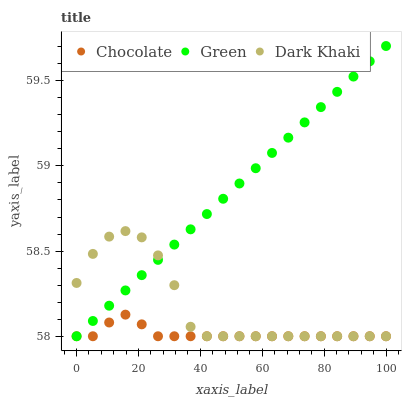
| xaxis_label | Chocolate | Green | Dark Khaki |
 | --- | --- | --- | --- |
 | 0 | 58 | 58 | 58.3 |
 | 5.26 | 58 | 58.1 | 58.5 |
 | 10.5 | 58.1 | 58.2 | 58.6 |
 | 15.8 | 58.1 | 58.3 | 58.6 |
 | 21.1 | 58.1 | 58.4 | 58.6 |
 | 26.3 | 58 | 58.4 | 58.5 |
 | 31.6 | 58 | 58.5 | 58.3 |
 | 36.8 | 58 | 58.6 | 58.1 |
 | 42.1 | 58 | 58.7 | 58 |
 | 47.4 | 58 | 58.8 | 58 |
 | 52.6 | 58 | 58.9 | 58 |
 | 57.9 | 58 | 59 | 58 |
 | 63.2 | 58 | 59.1 | 58 |
 | 68.4 | 58 | 59.2 | 58 |
 | 73.7 | 58 | 59.3 | 58 |
 | 78.9 | 58 | 59.3 | 58 |
 | 84.2 | 58 | 59.4 | 58 |
 | 89.5 | 58 | 59.5 | 58 |
 | 94.7 | 58 | 59.6 | 58 |
 | 100 | 58 | 59.7 | 58 |